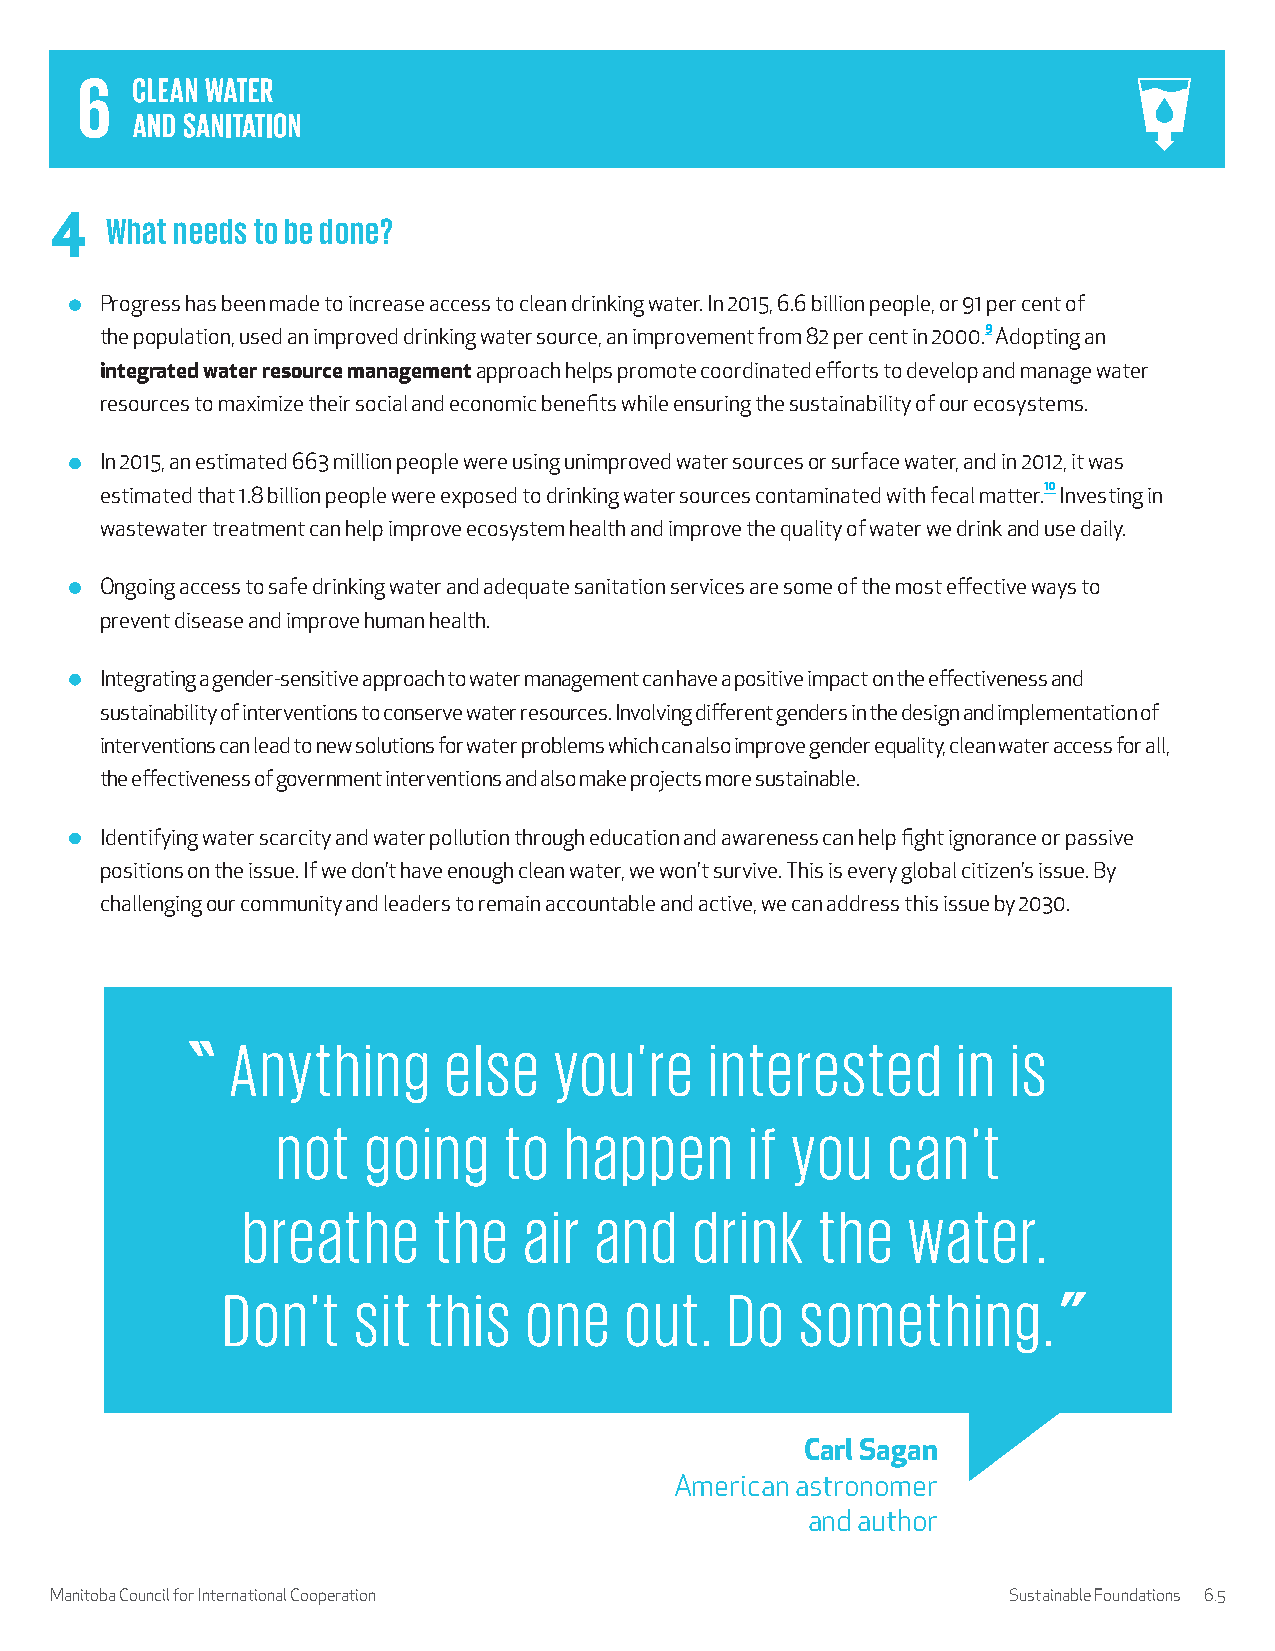
4   What needs to be done?
 Progress has been made to increase access to clean drinking water. In 2015, 6.6 billion people, or 91 per cent of
 the population, used an improved drinking water source, an improvement from 82 per cent in 2000.9 Adopting an
 integrated water resource management approach helps promote coordinated efforts to develop and manage water
 resources to maximize their social and economic benefits while ensuring the sustainability of our ecosystems.
 In 2015, an estimated 663 million people were using unimproved water sources or surface water, and in 2012, it was
 estimated that 1.8 billion people were exposed to drinking water sources contaminated with fecal matter.10 Investing in
 wastewater treatment can help improve ecosystem health and improve the quality of water we drink and use daily.
 Ongoing access to safe drinking water and adequate sanitation services are some of the most effective ways to
 prevent disease and improve human health.
 Integrating a gender-sensitive approach to water management can have a positive impact on the effectiveness and
 sustainability of interventions to conserve water resources. Involving different genders in the design and implementation of
 interventions can lead to new solutions for water problems which can also improve gender equality, clean water access for all,
 the effectiveness of government interventions and also make projects more sustainable.
 Identifying water scarcity and water pollution through education and awareness can help fight ignorance or passive
 positions on the issue. If we don’t have enough clean water, we won’t survive. This is every global citizen’s issue. By
 challenging our community and leaders to remain accountable and active, we can address this issue by 2030.
 Anything      else    you're    interested      in  is
 not   going    to  happen       if you   can't
 breathe      the   air and    drink   the   water.
 Don't   sit  this   one   out.   Do   something.
 Carl Sagan
 American astronomer
 and author
 Manitoba Council for International Cooperation                  Sustainable Foundations 6.5